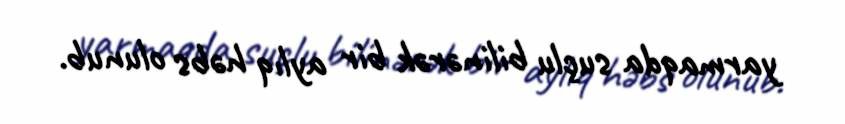
yarmaqda suçlu bilinərək bir aylıq həbs olunub.